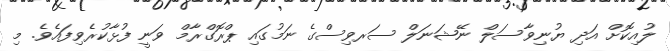
ލުއިކޮށް އަދި ޔުނިވާސަލް ނޭޝަނަލް ސަރވިސްގެ ނަމުގައި ޕްރޮގްރާމް ވަނީ ފުޅާކުރެވިފައެވެ. މި